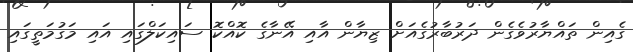
ގެއިން ތައްޔާރުވެގެން ދަރުބާރުގެއަށް ޒިޔާން އާއި އޭނާގެ ކޮއްކޮ ސައިކަލްގައި އައި މަގުމަތީގައި